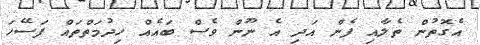
އެގޮތުން ތެލާއި ފެން އަދި އެ ނޫން ވެސް ބައެއް ހިދުމަތްތައް ފަސޭހަ